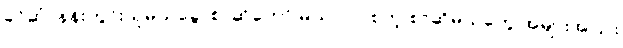
ခင်ဆုံ၊ နန်းတွင်းသူမယ်ခွေ၊ စာဆိုတော် မယ်လုပ် စတဲ့ စာဆိုမယ်တွေ အများအပြား